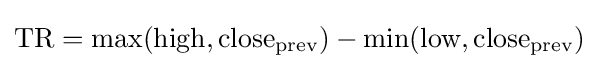
{\text{TR}}={\max({\text{high}},{\text{close}}_{\text{prev}})-\operatorname {min} ({\text{low}},{\text{close}}_{\text{prev}})}